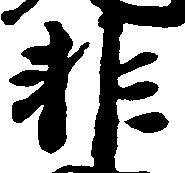
非